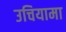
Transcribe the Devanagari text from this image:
उचियामा